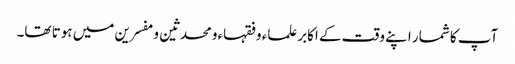
آپ کا شمار اپنے وقت کے اکابرعلماء وفقہاءومحدثین ومفسرین میں ہوتا تھا۔